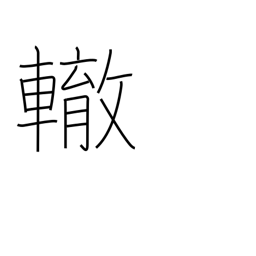
Meaning: wheel track